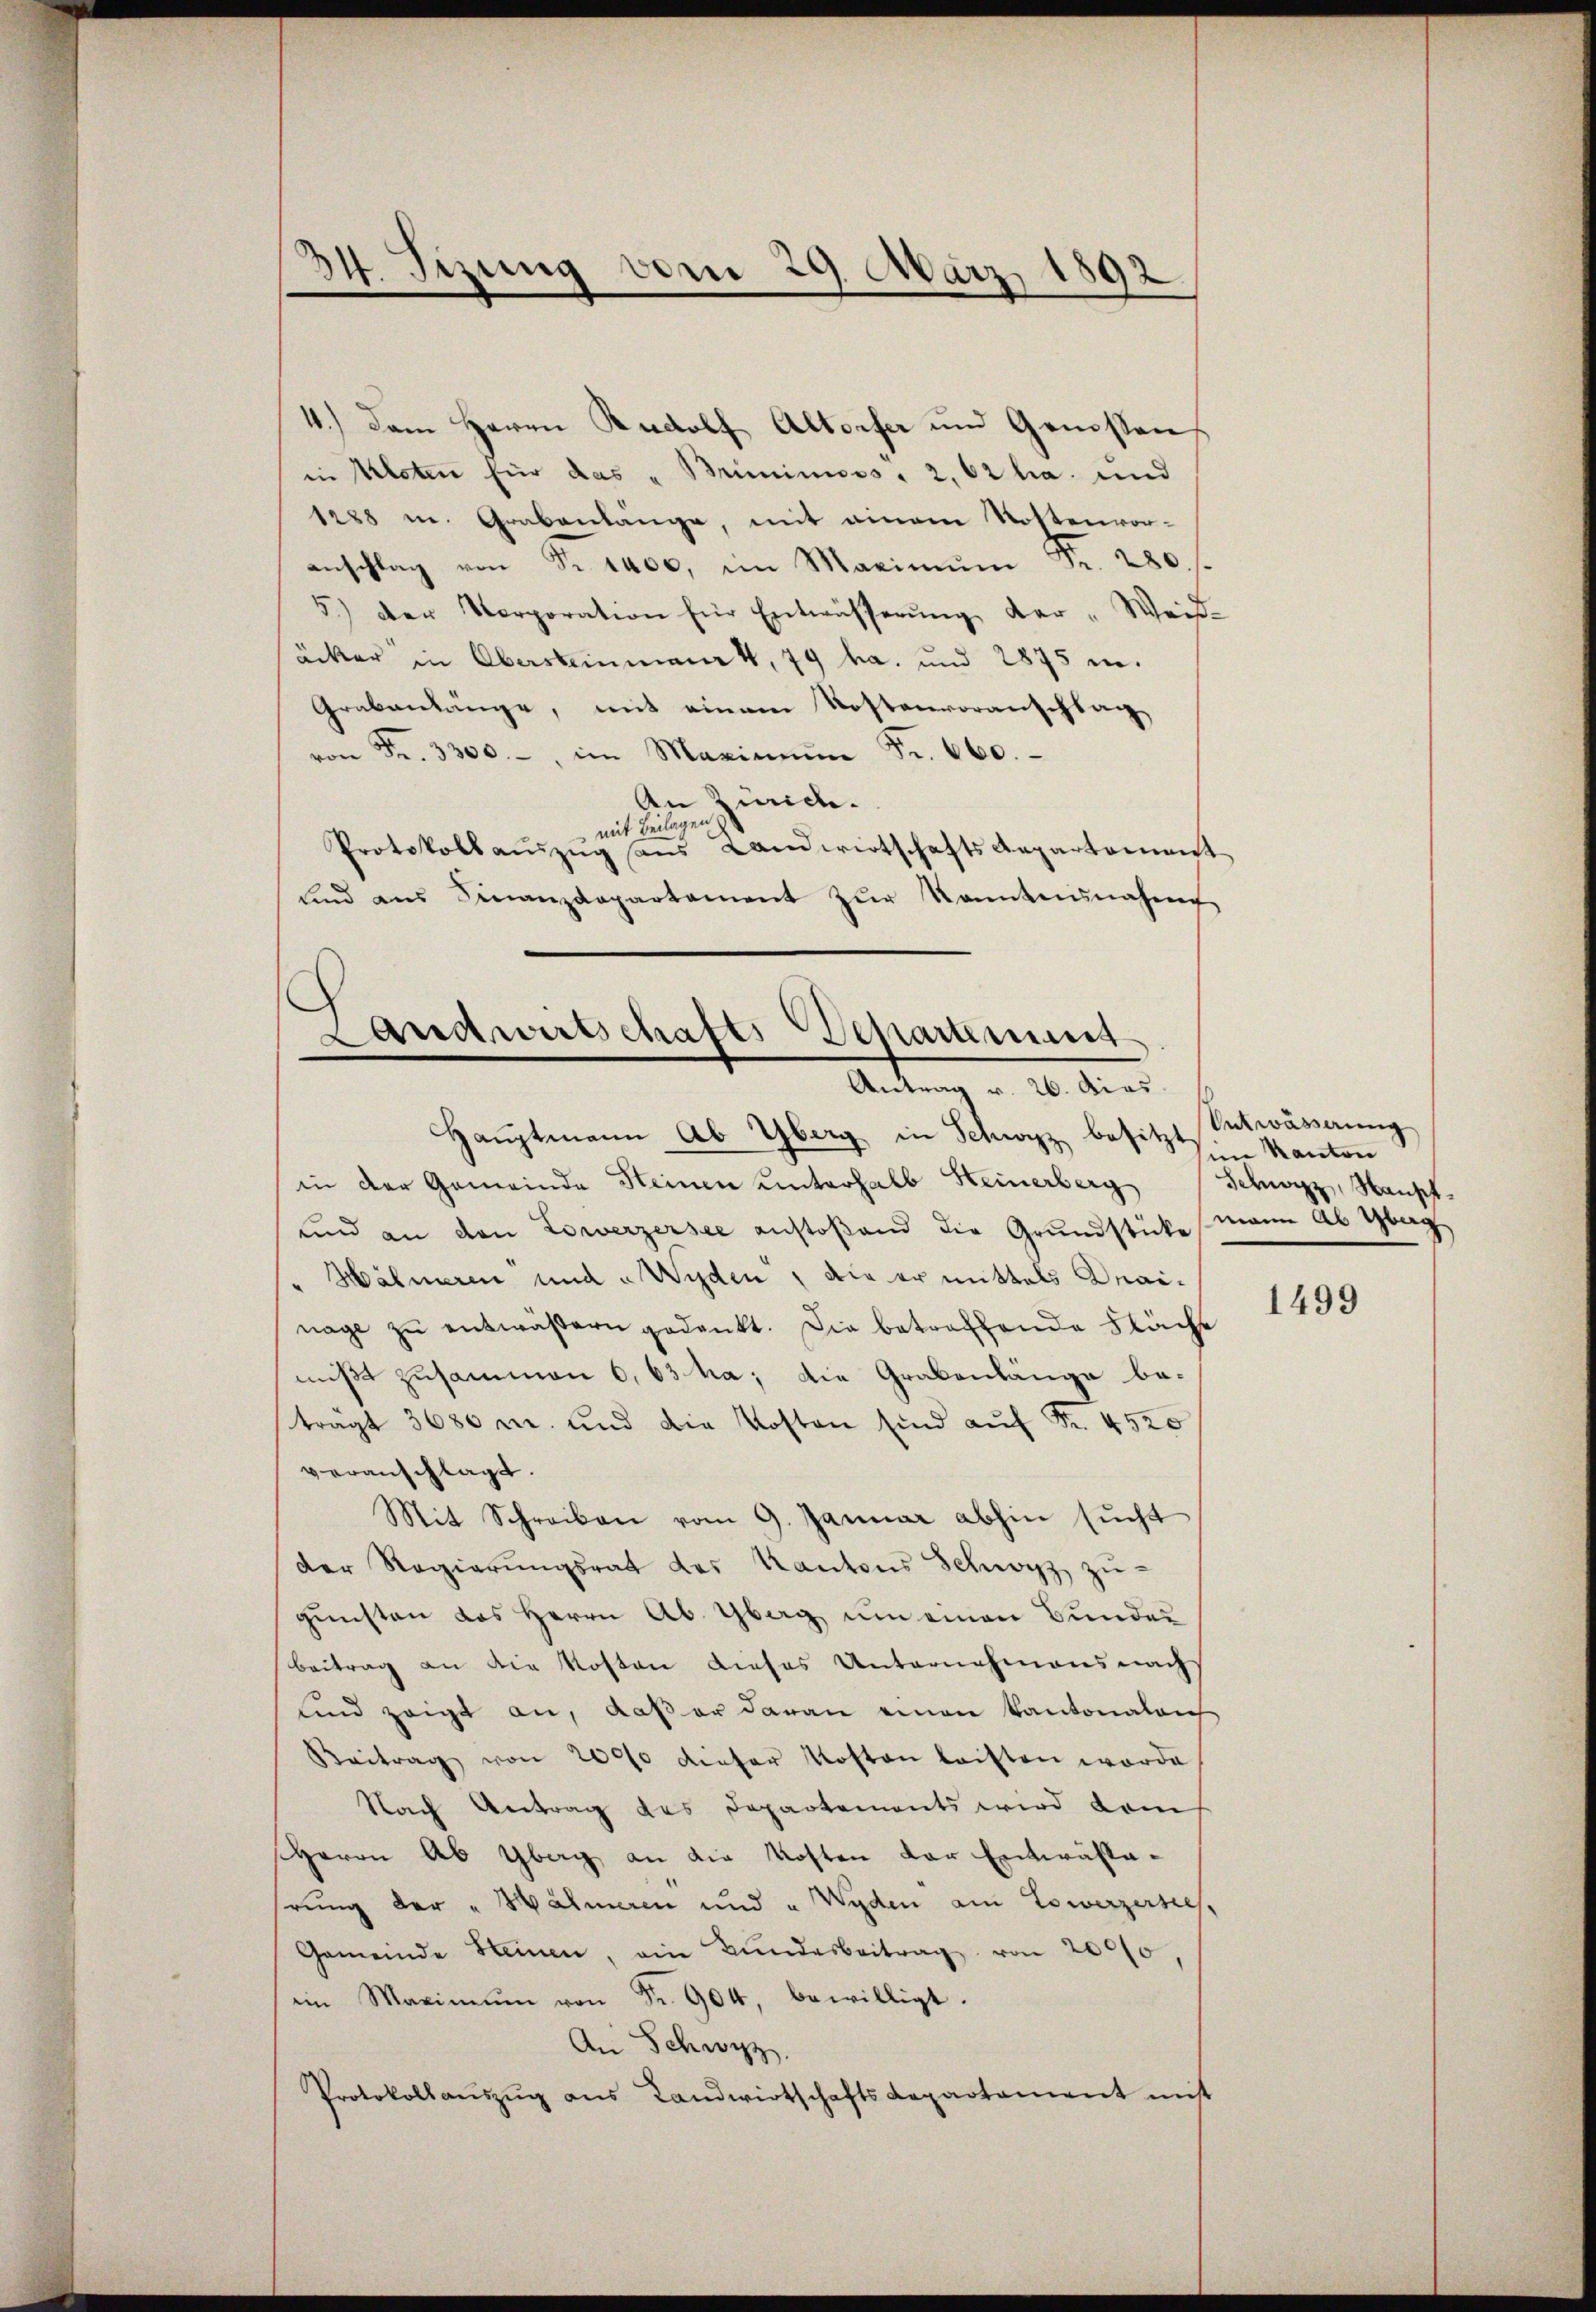
34. Sizung vom 29. März 1892.

4.) Dem Herrn Rudolf Altorfer um Genossen
in Kloten für das "Briminoss. 2, 61 ha. und
1288 u. Grabenlänge, mit einem Rostenvoranschlag von Fr. 1400, im Maximŭm Fr. 280 f.
5.) Der Korporation für Entwässerŭng der Weid-
äcker in Obersteinmank, 79 ha. und 2875 i.
Grabenlänge, mit einem Kostenvoranschlag
von Fr. 3300.-, im Marianum Fr. 660.
An Zürich.
mit Beilagen
Protokollaŭszŭg sans Landwirtschafts Repartement
und aŭs Finanzdepartement zŭr kanntennahen

Landwirtschafts-Departement
Antrag v. 26. Acas.

Haŭptmann Ab Yberg in Schwyz besitzt. Kanton
in der Gemeinde Steinen ŭnterhalb Heinerberg (Schwyz, Mansch-
und an den Lowerzersee anstoßend die Grundstücke mann ab Hag
Hähneren und Wyden, die er mittels Drainage zŭ entwässern gedankt. Die betreffende Fläche
mißt zusammen 0,63 ha, die Grabenlänge be-
tragt 3680 r. und die Kosten sind aŭf Fr. 4520
veranschlagt.
Mit Schreiben vom 9. Januar abhin sŭcht
der Regierŭngsrat des Kantons Schwyz zŭ-
gŭnsten das Herrn Ab. Gbag um einen Bunder
Beitrag an die Kosten dieses Unternehmens nach
sind zeigt an, daß er daran einen Kantonalrich
Beitrag von 2000 dieser Kosten leisten worde
Nach Antrag des Departements wird dam
Herrn Ab Gbag an die Kosten der Entwäslarung der " Hähneren und " Wyden am Lowerzersich,
Gemeinde Steinen, ein Bŭndesbeitrag von 2000
im Maximŭm von Fr. 904, bewilligt.
An Schwyz.
Protokollaŭszŭg ans Landwirtschafts Repartament mit

Entwässerung

1499